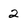
Character: 2